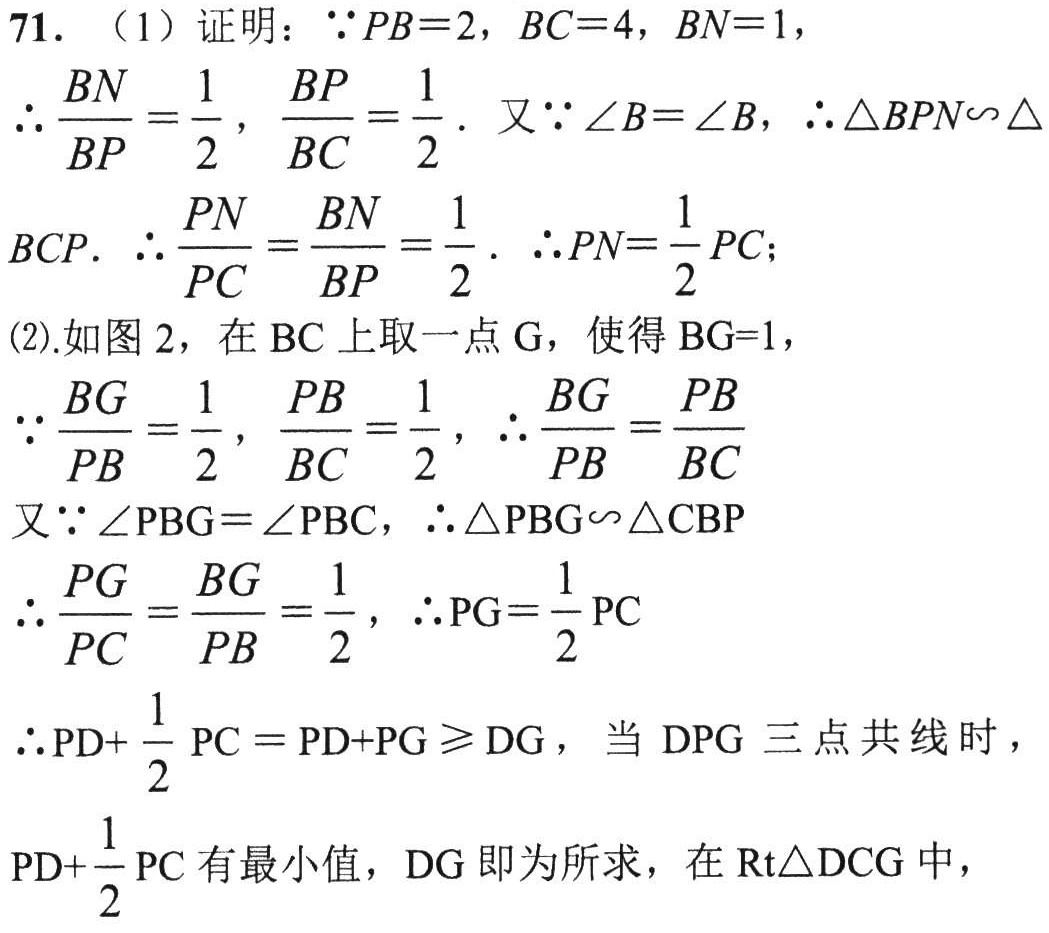
71. （1）证明：\(\because PB = 2\)，\(BC = 4\)，\(BN = 1\)，
\(\therefore \frac{BN}{BP}=\frac{1}{2}\)，\(\frac{BP}{BC}=\frac{1}{2}\). 又\(\because \angle B=\angle B\)，\(\therefore \triangle BPN\sim\triangle BCP\).
\(\therefore \frac{PN}{PC}=\frac{BN}{BP}=\frac{1}{2}\). \(\therefore PN=\frac{1}{2}PC\)；
(2).如图 2，在 \(BC\) 上取一点 \(G\)，使得 \(BG = 1\)，
\(\because \frac{BG}{PB}=\frac{1}{2}\)，\(\frac{PB}{BC}=\frac{1}{2}\)，\(\therefore \frac{BG}{PB}=\frac{PB}{BC}\)
又\(\because \angle PBG=\angle PBC\)，\(\therefore \triangle PBG\sim\triangle CBP\)
\(\therefore \frac{PG}{PC}=\frac{BG}{PB}=\frac{1}{2}\)，\(\therefore PG=\frac{1}{2}PC\)
\(\therefore PD+\frac{1}{2}PC = PD + PG\geqslant DG\)，当 \(DPG\) 三点共线时，
\(PD+\frac{1}{2}PC\) 有最小值，\(DG\) 即为所求，在 \(\text{Rt}\triangle DCG\) 中，